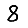
Digit: 8